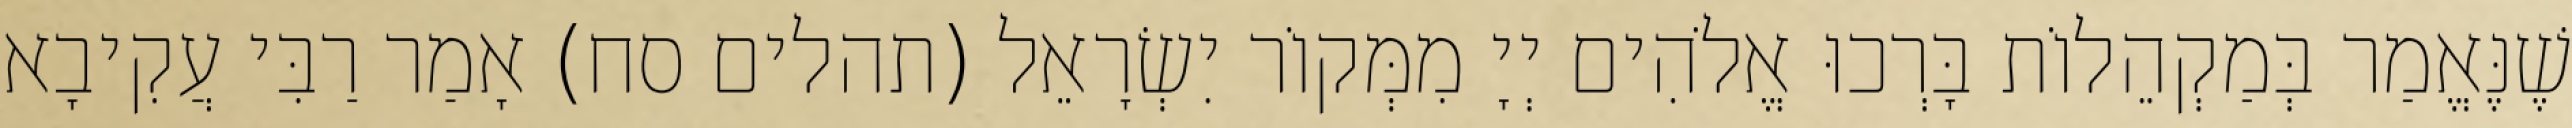
שֶׁנֶּאֱמַר בְּמַקְהֵלוֹת בָּרְכוּ אֱלֹהִים יְיָ מִמְּקוֹר יִשְׂרָאֵל (תהלים סח) אָמַר רַבִּי עֲקִיבָא